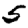
Digit: 5